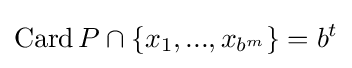
\operatorname {Card} P\cap \{x_{1},...,x_{b^{m}}\}=b^{t}